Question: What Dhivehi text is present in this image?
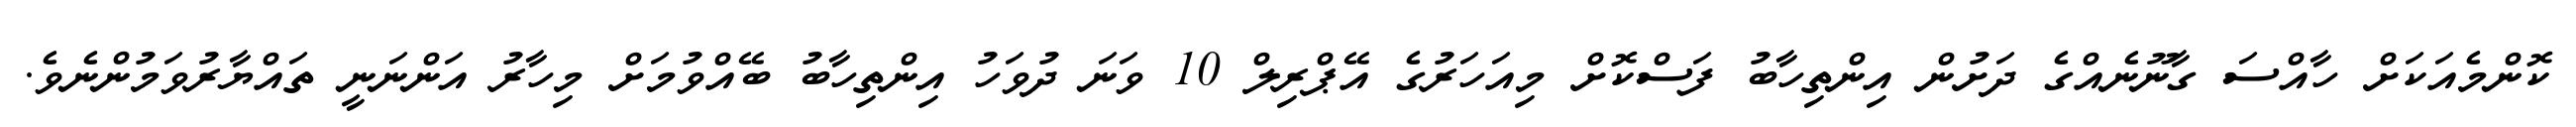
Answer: ކޮންމެއަކަށް ހާއްސަ ގާނޫނެއްގެ ދަށުން އިންތިހާބު ފަސްކޮށް މިއަހަރުގެ އޭޕްރިލް 10 ވަނަ ދުވަހު އިންތިހާބު ބޭއްވުމަށް މިހާރު އަންނަނީ ތައްޔާރުވަމުންނެވެ.